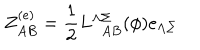
Z _ { A B } ^ { ( e ) } = { \frac { 1 } { 2 } } L _ { \ \ A B } ^ { \Lambda \Sigma } ( \phi ) e _ { \Lambda \Sigma }